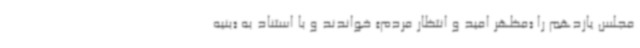
مجلس یازدهم را «مظهر امید و انتظار مردم» خواندند و با استناد به «بنیه